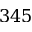
3 4 5